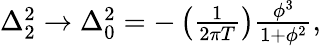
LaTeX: \begin{array}{r}{\Delta_{2}^{2}\rightarrow\Delta_{0}^{2}=-\left(\frac{1}{2\pi T}\right)\frac{\phi^{3}}{1+\phi^{2}},}\end{array}